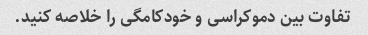
تفاوت بین دموکراسی و خودکامگی را خلاصه کنید.